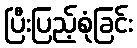
ပြီးပြည့်စုံခြင်း